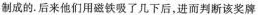
制成的。后来他们用磁铁吸了几下后，进而判断该奖牌